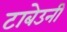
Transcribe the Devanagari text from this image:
टाबेउनी